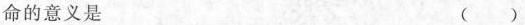
命的意义是 ( )